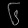
Digit: ၆